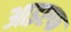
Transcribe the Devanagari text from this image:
आइएफ